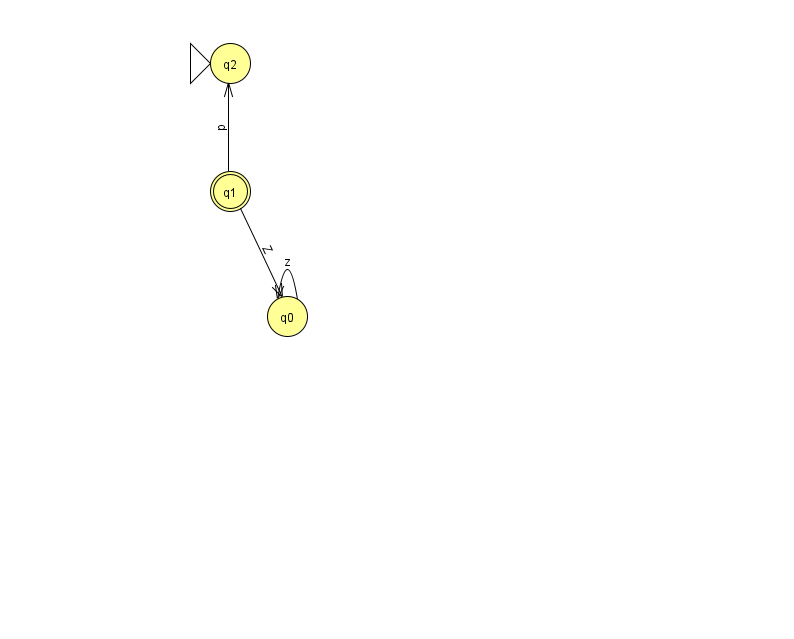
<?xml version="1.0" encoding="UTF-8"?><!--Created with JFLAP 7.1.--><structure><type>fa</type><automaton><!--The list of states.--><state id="0" name="q0"><x>287.0</x><y>303.0</y></state><state id="1" name="q1"><x>230.0</x><y>178.0</y><final/></state><state id="2" name="q2"><x>230.0</x><y>50.0</y><initial/></state><!--The list of transitions.--><transition><from>1</from><to>0</to><read>Z</read></transition><transition><from>1</from><to>2</to><read>p</read></transition><transition><from>0</from><to>0</to><read>z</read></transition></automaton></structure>